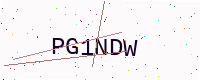
Text: PG1NDW